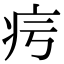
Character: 疞